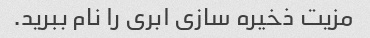
مزیت ذخیره سازی ابری را نام ببرید.